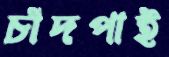
চাঁদপাই